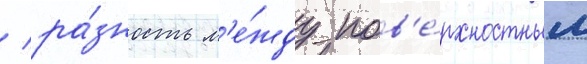
/ ра́зность м'е́жду пов'е́рхностным